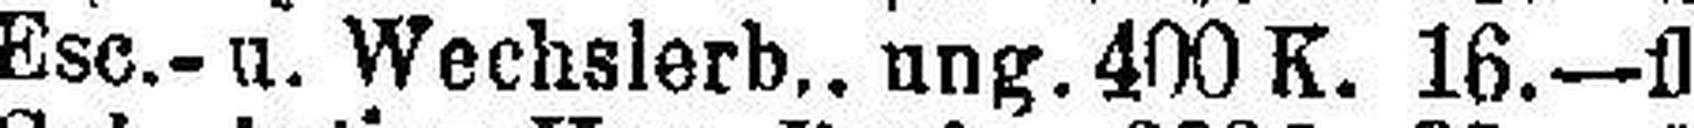
Esc.- u. Wechslerb.. ung. 400 K. 16.—fl.